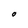
Character: O